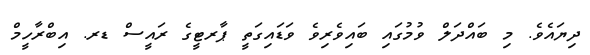
ދިޔައެވެ. މި ބައްދަލް ވުމުގައި ބައިވެރިވެ ވަޑައިގަތީ ޕާރޓީގެ ރައީސް ޑރ. އިބްރާހީމް